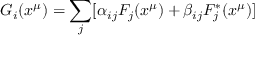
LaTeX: G _ { i } ( x ^ { \mu } ) = \sum _ { j } [ \alpha _ { i j } F _ { j } ( x ^ { \mu } ) + \beta _ { i j } F _ { j } ^ { * } ( x ^ { \mu } ) ]